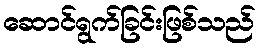
ဆောင်ရွက်ခြင်းဖြစ်သည်